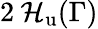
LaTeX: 2\: \mathcal{H}_{\mathrm{{u}}}(\Gamma)